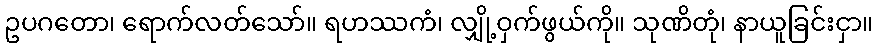
ဥပဂတော၊ ရောက်လတ်သော်။ ရဟဿကံ၊ လျှို့ဝှက်ဖွယ်ကို။ သုဏိတုံ၊ နာယူခြင်းငှာ။